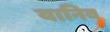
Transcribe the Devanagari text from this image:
यानिव